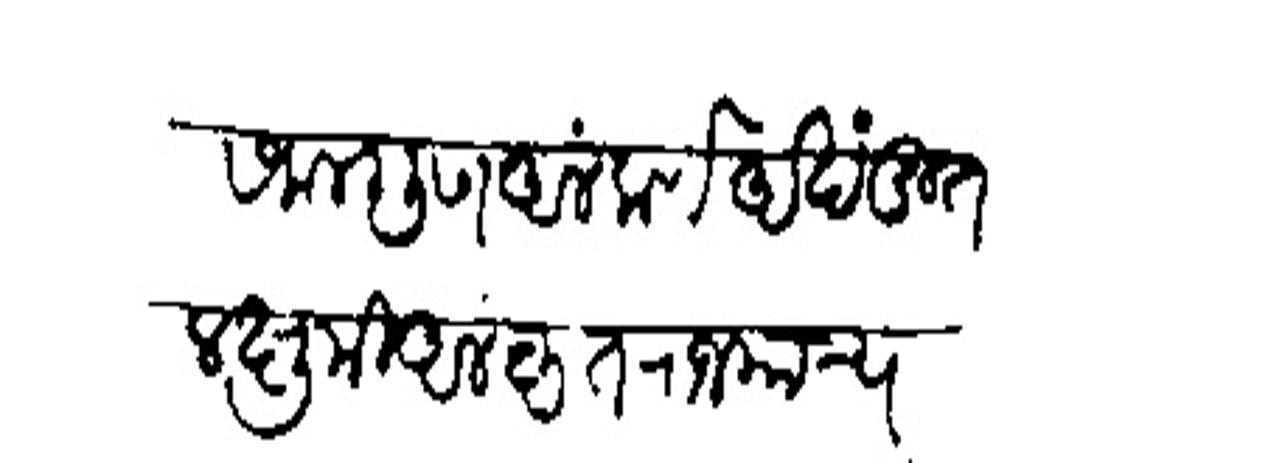
Transliteration (Devanagari): सकलगुण अलंकर्ण अखंडित लक्षुमी अलंकृत राजमान्य